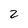
Character: 2